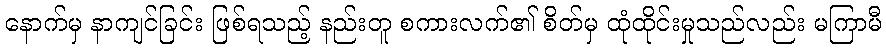
နောက်မှ နာကျင်ခြင်း ဖြစ်ရသည့် နည်းတူ စကားလက်၏ စိတ်မှ ထုံထိုင်းမှုသည်လည်း မကြာမီ